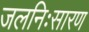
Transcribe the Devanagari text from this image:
जलनिःसारण